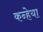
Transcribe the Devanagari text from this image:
कन्हेया